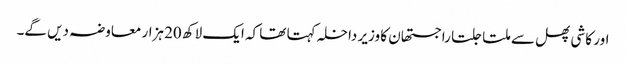
اور کاشی پھل سے ملتا جلتا راجستھان کا وزیر داخلہ کہتا تھا کہ ایک لاکھ 20 ہزار معاوضہ دیں گے۔